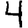
Digit: 4